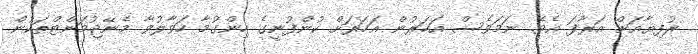
ރުފިޔާއަށް އަރާފަ އެވެ. ނަމަވެސް އަހަރުން އަހަރަށް ކުންފުނީގެ ހިންގުމާ ހަވާލުވާ މެނޭޖުމަންޓްތަކުން